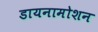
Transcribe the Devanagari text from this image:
डायनामोशन